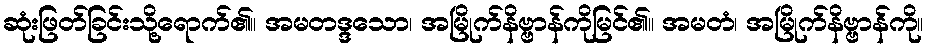
ဆုံးဖြတ်ခြင်းသို့ရောက်၏။ အမတဒ္ဒသော၊ အမြိုက်နိဗ္ဗာန်ကိုမြင်၏။ အမတံ၊ အမြိုက်နိဗ္ဗာန်ကို။